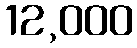
12,000